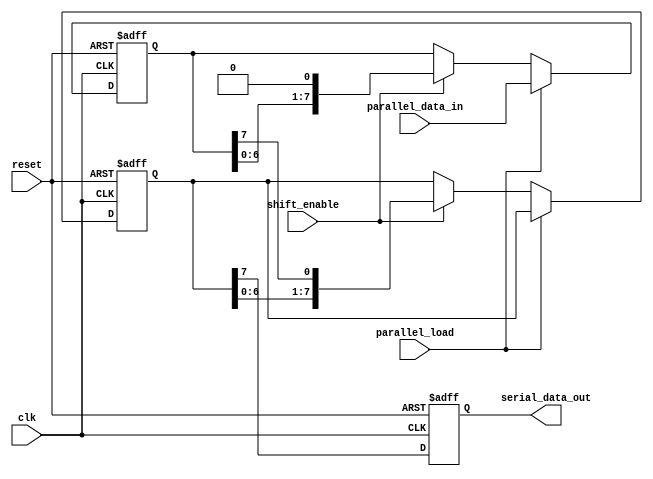
module piso_register (
    input wire clk,
    input wire reset,
    input wire parallel_load,
    input wire shift_enable,
    input wire [7:0] parallel_data_in,
    output reg serial_data_out
);

reg [7:0] data_reg;
reg [7:0] shift_reg;

always @ (posedge clk or posedge reset) begin
    if (reset) begin
        data_reg <= 8'b0;
        shift_reg <= 8'b0;
        serial_data_out <= 1'b0;
    end else begin
        if (parallel_load) begin
            data_reg <= parallel_data_in;
        end else if (shift_enable) begin
            shift_reg <= {shift_reg[6:0], data_reg[7]};
            data_reg <= {data_reg[6:0], 1'b0};
        end
        serial_data_out <= shift_reg[7];
    end
end

endmodule